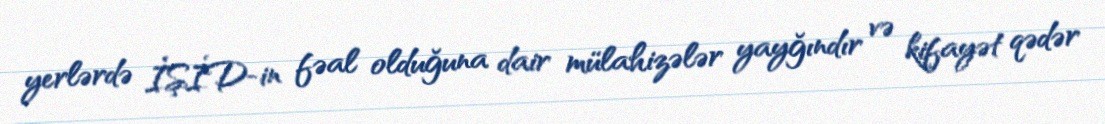
yerlərdə İŞİD-in fəal olduğuna dair mülahizələr yayğındır və kifayət qədər